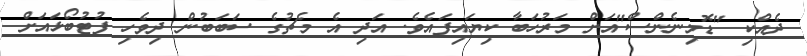
ދެއްކި "ޑޮމިނެންސް"އަށް މަރުހަބާ ކިޔައިފައެވެ. އަދި އެ މެޗުގެ ސަބަބުން ދިވެހި ފުޓުބޯޅައަށް